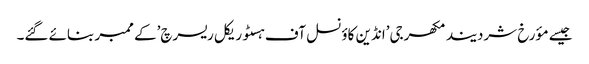
جیسے مؤرخ شردیند مکھرجی’انڈین کاؤنسل آف ہسٹوریکل ریسرچ’کے ممبر بنائے گئے۔